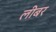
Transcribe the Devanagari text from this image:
लीबर